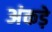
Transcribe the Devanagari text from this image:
अंकड़े